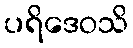
ပရိဒေဝသိ